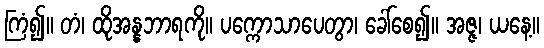
ကြံ၍။ တံ၊ ထိုအန္နဘာရကို။ ပက္ကောသာပေတွာ၊ ခေါ်စေ၍။ အဇ္ဇ၊ ယနေ့။